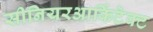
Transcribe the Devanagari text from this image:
सीनियरआर्किटेक्ट